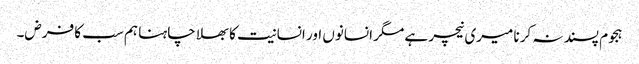
ہجوم پسند نہ کرنا میری نیچر ہے مگر انسانوں اور انسانیت کا بھلا چاہنا ہم سب کا فرض۔